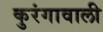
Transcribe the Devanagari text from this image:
कुरंगावाली